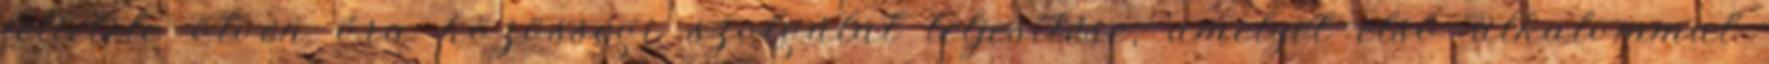
feltétele ötven óra közösségi szolgálat teljesítése, amelyet első alkalommal